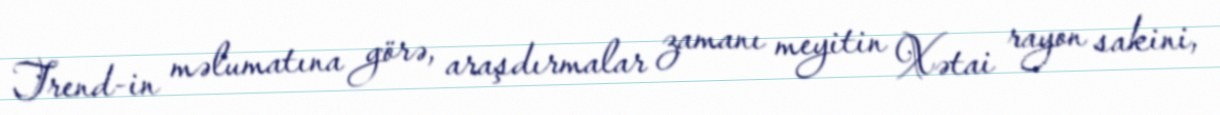
Trend-in məlumatına görə, araşdırmalar zamanı meyitin Xətai rayon sakini,